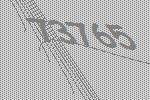
73765